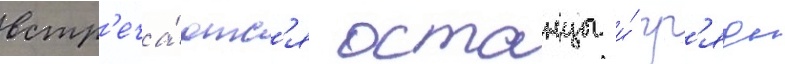
встр'еча́ютс'я останцы и́ гр'яды